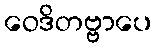
ဝေဒိတဗ္ဗာပေ